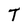
Character: T